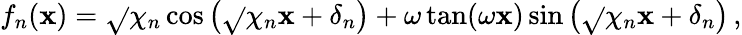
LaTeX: f_{n}(\mathbf{x})=\sqrt{}{{\chi_{n}}}\cos\left(\sqrt{}{{\chi_{n}}}\mathbf{x}+\delta_{n}\right)+\omega\tan(\omega\mathbf{x})\sin\left(\sqrt{}{{\chi_{n}}}\mathbf{x}+\delta_{n}\right)\, ,